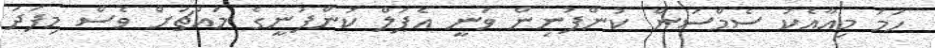
ހަމަ މިއާއެކު ސެމްސަން ކުންފުނިން ވަނީ އެޕަލް ކުންފުނީގެ މައްޗަށް ވެސް މިފަދަ